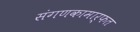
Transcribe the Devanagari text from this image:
संगणकामार्फत